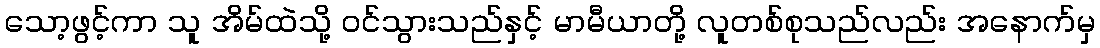
သော့ဖွင့်ကာ သူ အိမ်ထဲသို့ ဝင်သွားသည်နှင့် မာမီယာတို့ လူတစ်စုသည်လည်း အနောက်မှ